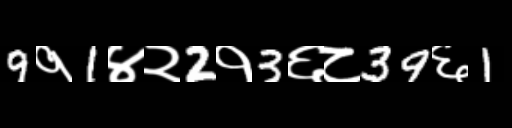
Text: 9१1४२2१3६८39६1